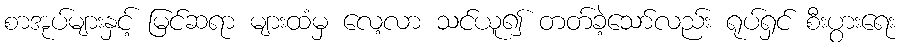
စာအုပ်များနှင့် မြင်ဆရာ များထံမှ လေ့လာ သင်ယူ၍ တတ်ခဲ့သော်လည်း ရုပ်ရှင် စီးပွားရေး